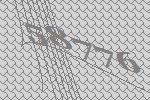
58776